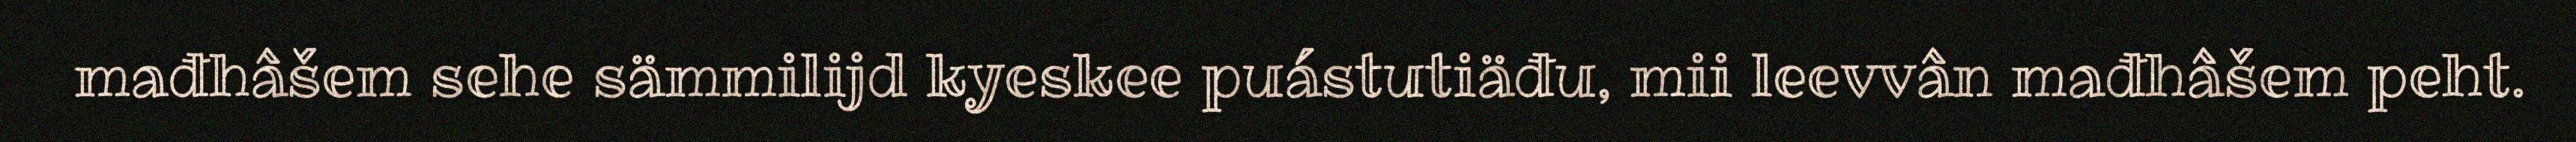
mađhâšem sehe sämmilijd kyeskee puástutiäđu, mii leevvân mađhâšem peht.